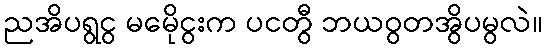
ညအိပရွငွ မမေိုငွးက ပငတွီ ဘယဝွတအွိပမွလဲ။